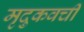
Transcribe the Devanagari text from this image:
मृदुकवची